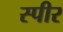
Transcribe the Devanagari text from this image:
स्पीर